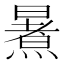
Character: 𭧶